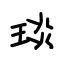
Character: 琰